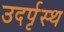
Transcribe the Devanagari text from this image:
उदर्पृस्थ